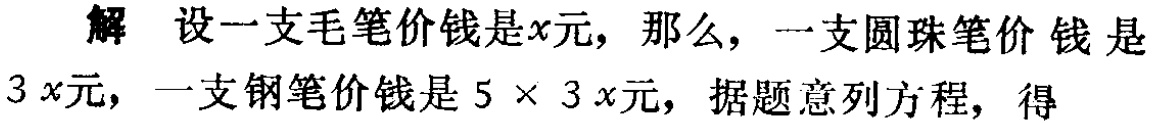
解 设一支毛笔价钱是\(x\)元，那么，一支圆珠笔价钱是\(3x\)元，一支钢笔价钱是\(5\times 3x\)元，据题意列方程，得